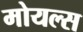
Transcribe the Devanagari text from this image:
मोयल्स